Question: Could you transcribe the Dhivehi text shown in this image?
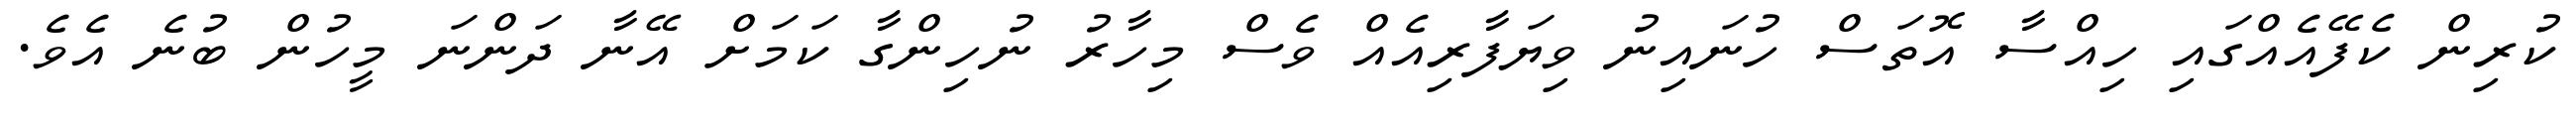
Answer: ކުރިން ކެފޭއެއްގައި ހިއްސާ އޮތަސް ހުނައިނު ވިޔަފާރިއެއް ވެސް މިހާރު ނުހިންގާ ކަމަށް އޭނާ ދަންނަ މީހުން ބުނެ އެވެ.